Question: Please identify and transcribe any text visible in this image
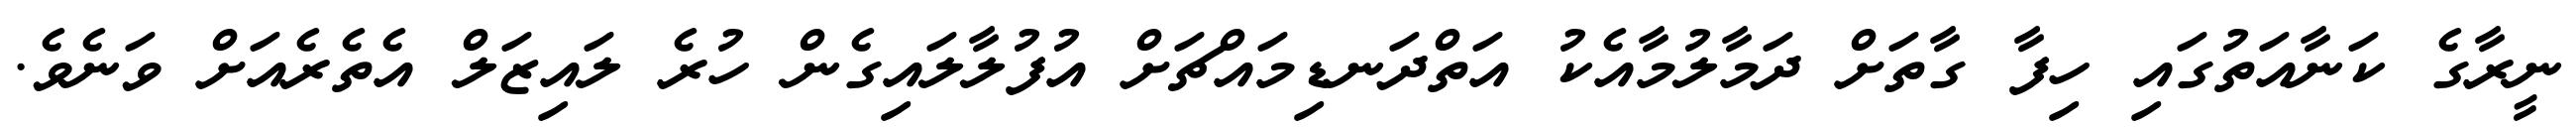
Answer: ނީރާގެ ކަނާއަތުގައި ހިފާ ގާތަށް ދަމާލުމާއެކު އަތްދަނޑިމައްޗަށް އުފުލާލައިގެން ހުރެ ލައިޒަލް އެތެރެއަށް ވަނެވެ.